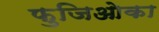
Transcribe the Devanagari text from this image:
फुजिओका